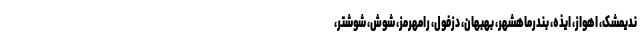
ندیمشک، اهواز، ایذه، بندرماهشهر، بهبهان، دزفول، رامهرمز، شوش، شوشتر،